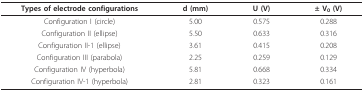
| Types of electrode configurations | d (mm) | U (V) | ± V0 (V) |
 | --- | --- | --- | --- |
 | Configuration I (circle) | 5.00 | 0.575 | 0.288 |
 | Configuration II (ellipse) | 5.50 | 0.633 | 0.316 |
 | Configuration II-1 (ellipse) | 3.61 | 0.415 | 0.208 |
 | Configuration III (parabola) | 2.25 | 0.259 | 0.129 |
 | Configuration IV (hyperbola) | 5.81 | 0.668 | 0.334 |
 | Configuration IV-1 (hyperbola) | 2.81 | 0.323 | 0.161 |